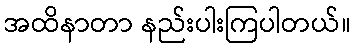
အထိနာတာ နည်းပါးကြပါတယ်။